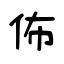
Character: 佈